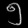
Digit: ၅